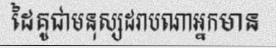
ដៃគូជាមនុស្សដរាបណាអ្នកមាន